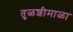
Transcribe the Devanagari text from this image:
तुळशीमाळा